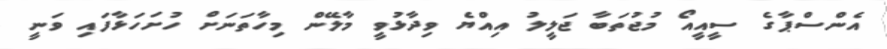
އެންސްޕާގެ ސީއީއޯ މުޖުތަބާ ޖަލީލު އިއްޔެ ވިދާޅުވީ މާލޭން މިހާތަނަށް ހުށަހަޅާފައި ވަނީ